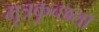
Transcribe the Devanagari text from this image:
मूत्रकृच्छता